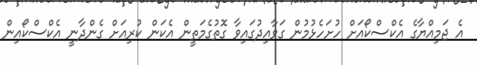
އެ ޖަމިއްޔާގެ އެކްސްކޯއަށް ހުށަހެޅުމުން ގަވާއިދުގައިވާ ގޮތުގެމަތީން އެކަން ކުރިއަށް ގެންދާނީ އެކްސްކޯއިން